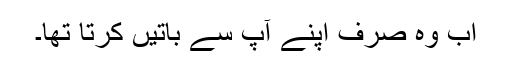
اب وہ صرف اپنے آپ سے باتیں کرتا تھا۔